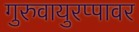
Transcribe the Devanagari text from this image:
गुरुवायुरप्पावर